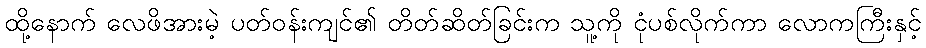
ထို့နောက် လေဖိအားမဲ့ ပတ်ဝန်းကျင်၏ တိတ်ဆိတ်ခြင်းက သူ့ကို ငုံပစ်လိုက်ကာ လောကကြီးနှင့်